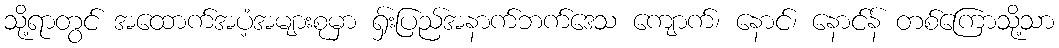
သို့ရာတွင် အထောက်အပံ့အများစုမှာ ရှ်းပြည်အနာက်ဘက်ဒေသ ကျောက်၊ နောင်၊ နောင်န် တစ်ကြောသို့သာ